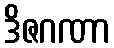
ဒိဇဂဏာ